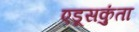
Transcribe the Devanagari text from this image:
एडूसकुंता